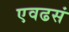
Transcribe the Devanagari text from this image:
एवढसं